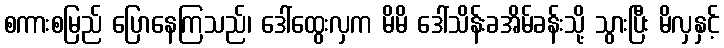
စကားစမြည် ပြောနေကြသည်၊ ဒေါ်ထွေးလှက မိမိ ဒေါ်သိန်းခအိမ်ခန်းသို့ သွားပြီး မိလှနှင့်